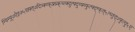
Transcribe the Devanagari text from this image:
ग्यिग्य्र्७ऐइ७५ख्फ्त्७दित्र्क्य्फ्फ्र्य्र्क्च्त्क्दुत्फ्दुय्फ्य्फुत्फ्द्ग्फ्त्५त्च्तुद्७फुत्दु५ए